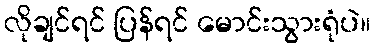
လိုချင်ရင် ပြန်ရင် မောင်းသွားရုံပဲ။